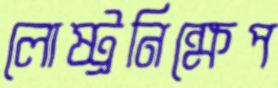
লোষ্ট্রনিক্ষেপ